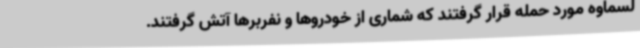
لسماوه مورد حمله قرار گرفتند که شماری از خودروها و نفربرها آتش گرفتند.